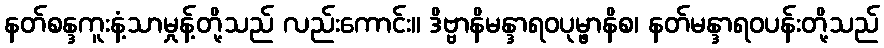
နတ်စန္ဒကူးနံ့သာမှုန့်တို့သည် လည်းကောင်း။ ဒိဗ္ဗာနိမန္ဒာရဝပုမ္ဖာနိစ၊ နတ်မန္ဒာရဝပန်းတို့သည်